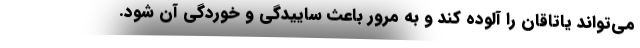
می‌تواند یاتاقان را آلوده کند و به مرور باعث ساییدگی و خوردگی آن شود.